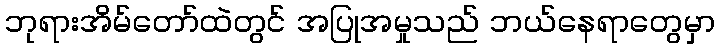
ဘုရားအိမ်တော်ထဲတွင် အပြုအမှုသည် ဘယ်နေရာတွေမှာ